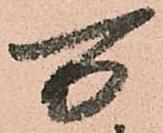
万